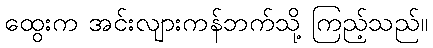
ထွေးက အင်းလျားကန်ဘက်သို့ ကြည့်သည်။